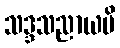
သဒ္ဒသညာယပိ